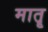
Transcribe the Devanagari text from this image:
मातॄ